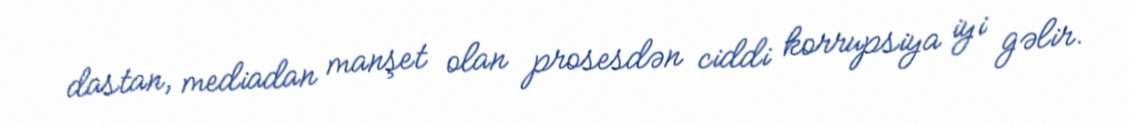
dastan, mediadan manşet olan prosesdən ciddi korrupsiya iyi gəlir.